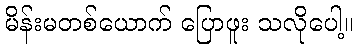
မိန်းမတစ်ယောက် ပြောဖူး သလိုပေါ့။